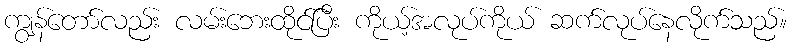
ကျွန်တော်လည်း လမ်းဘေးထိုင်ပြီး ကိုယ့်အလုပ်ကိုယ် ဆက်လုပ်နေလိုက်သည်။